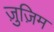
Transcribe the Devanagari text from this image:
ज़ुज़िम